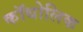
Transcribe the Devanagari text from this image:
कॉथोलिक